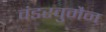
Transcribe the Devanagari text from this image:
वंडरवुमैन